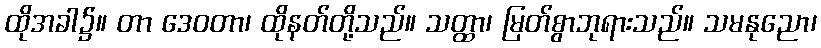
ထိုအခါ၌။ တာ ဒေဝတာ၊ ထိုနတ်တို့သည်။ သတ္ထာ၊ မြတ်စွာဘုရားသည်။ သမနုညော၊